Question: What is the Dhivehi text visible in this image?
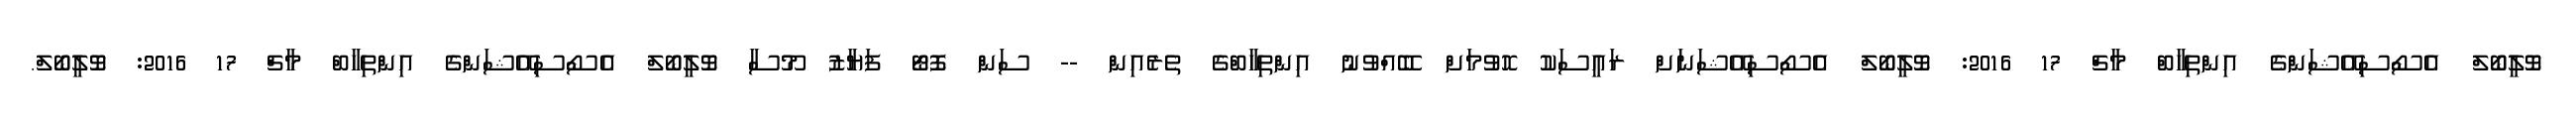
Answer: ވޮލީބޯލް އެސޯސިއޭޝަންގެ އިންތިހާބް މާޗް 17 2016: ވޮލީބޯލް އެސޯސިއޭޝަނަށް ރައީސަކު ހޮވުމަށް ބޭއްވުނު އިންތިހާބްގެ ތެރެއިން -- ސަން ފޮޓޯ ފަޔާޒު މޫސާ ވޮލީބޯލް އެސޯސިއޭޝަންގެ އިންތިހާބް މާޗް 17 2016: ވޮލީބޯލް.